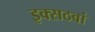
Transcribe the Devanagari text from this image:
इक्सठवां